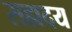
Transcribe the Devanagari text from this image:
सह्मदय